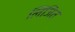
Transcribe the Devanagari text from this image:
लिंजित